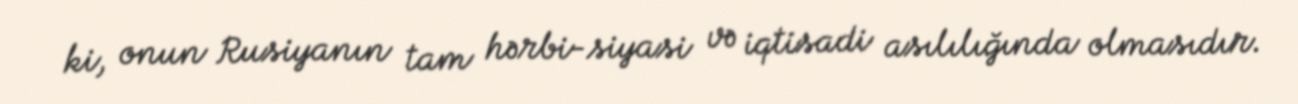
ki, onun Rusiyanın tam hərbi-siyasi və iqtisadi asılılığında olmasıdır.